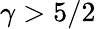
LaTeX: \gamma>5/2